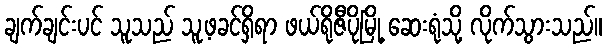
ချက်ချင်းပင် သူသည် သူ့ဖခင်ရှိရာ ဖယ်ရိုဇီပိုမြို့ ဆေးရုံသို့ လိုက်သွားသည်။